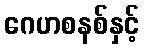
ဂေဟစနစ်နှင့်